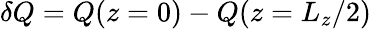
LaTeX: \delta Q=Q(z=0)-Q(z=L_{z}/2)